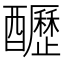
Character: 𨣷